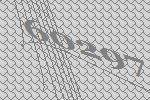
60297